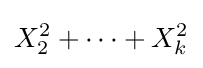
X_{2}^{2}+\cdots +X_{k}^{2}